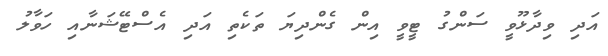
އަދި ވިދާޅޫވީ ސަންގު ޓީވީ އިން ގެންދިޔަ ތަކެތި އަދި އެސްޓޭޝަނާއި ހަވާލު